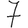
Digit: 7